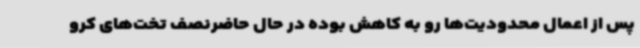
پس از اعمال محدودیت‌ها رو به کاهش بوده در حال حاضرنصف تخت‌های کرو